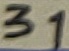
Text: 31